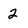
Character: 2